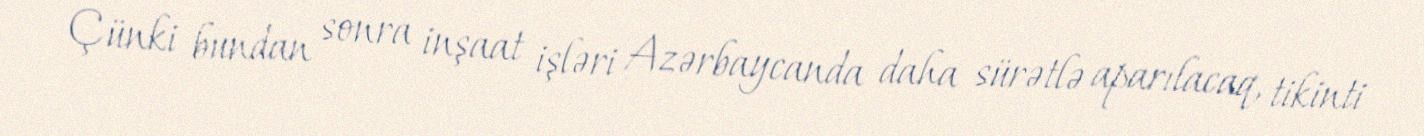
Çünki bundan sonra inşaat işləri Azərbaycanda daha sürətlə aparılacaq, tikinti